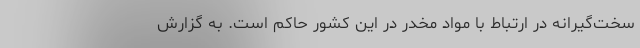
سخت‌گیرانه در ارتباط با مواد مخدر در این کشور حاکم است. به گزارش